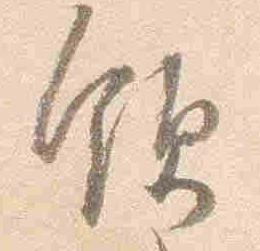
領